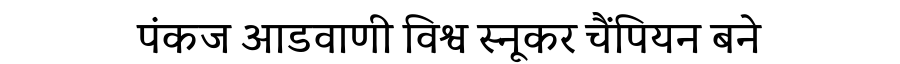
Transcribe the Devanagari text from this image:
पंकज आडवाणी विश्व स्नूकर चैंपियन बने